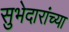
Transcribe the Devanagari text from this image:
सुभेदारांच्या